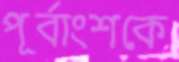
পূর্বাংশকে